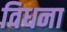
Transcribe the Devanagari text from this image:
विधना